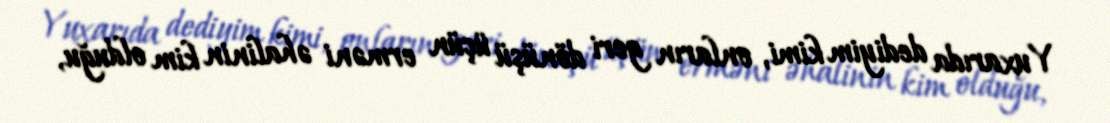
Yuxarıda dediyim kimi, onların geri dönüşü üçün erməni əhalinin kim olduğu,